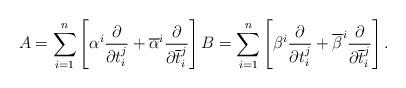
LaTeX: \begin{align*}A=\sum_{i=1}^n\left[\alpha^i\frac{\partial}{\partial t^j_i}+\overline{\alpha}^i\frac{\partial}{\partial \overline{t}^j_i}\right]B=\sum_{i=1}^n\left[\beta^i\frac{\partial}{\partial t^j_i}+\overline{\beta}^i\frac{\partial}{\partial \overline{t}^j_i}\right].\end{align*}